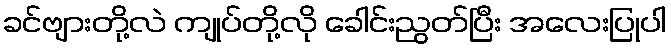
ခင်ဗျားတို့လဲ ကျုပ်တို့လို ခေါင်းညွတ်ပြီး အလေးပြုပါ